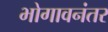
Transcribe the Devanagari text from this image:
भोगावनंतर